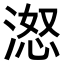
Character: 𪶨